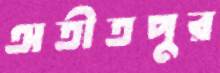
অতীতপুর